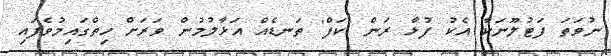
ނުވަތަ ފަޓުލޫނަކާ އެކު ފުޅާ ރަން 'ކަފް' ތަނޑެއް އަޅާލުމުން ވަރަށް ހިތްގައިމުވެފައި